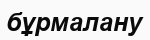
бұрмалану